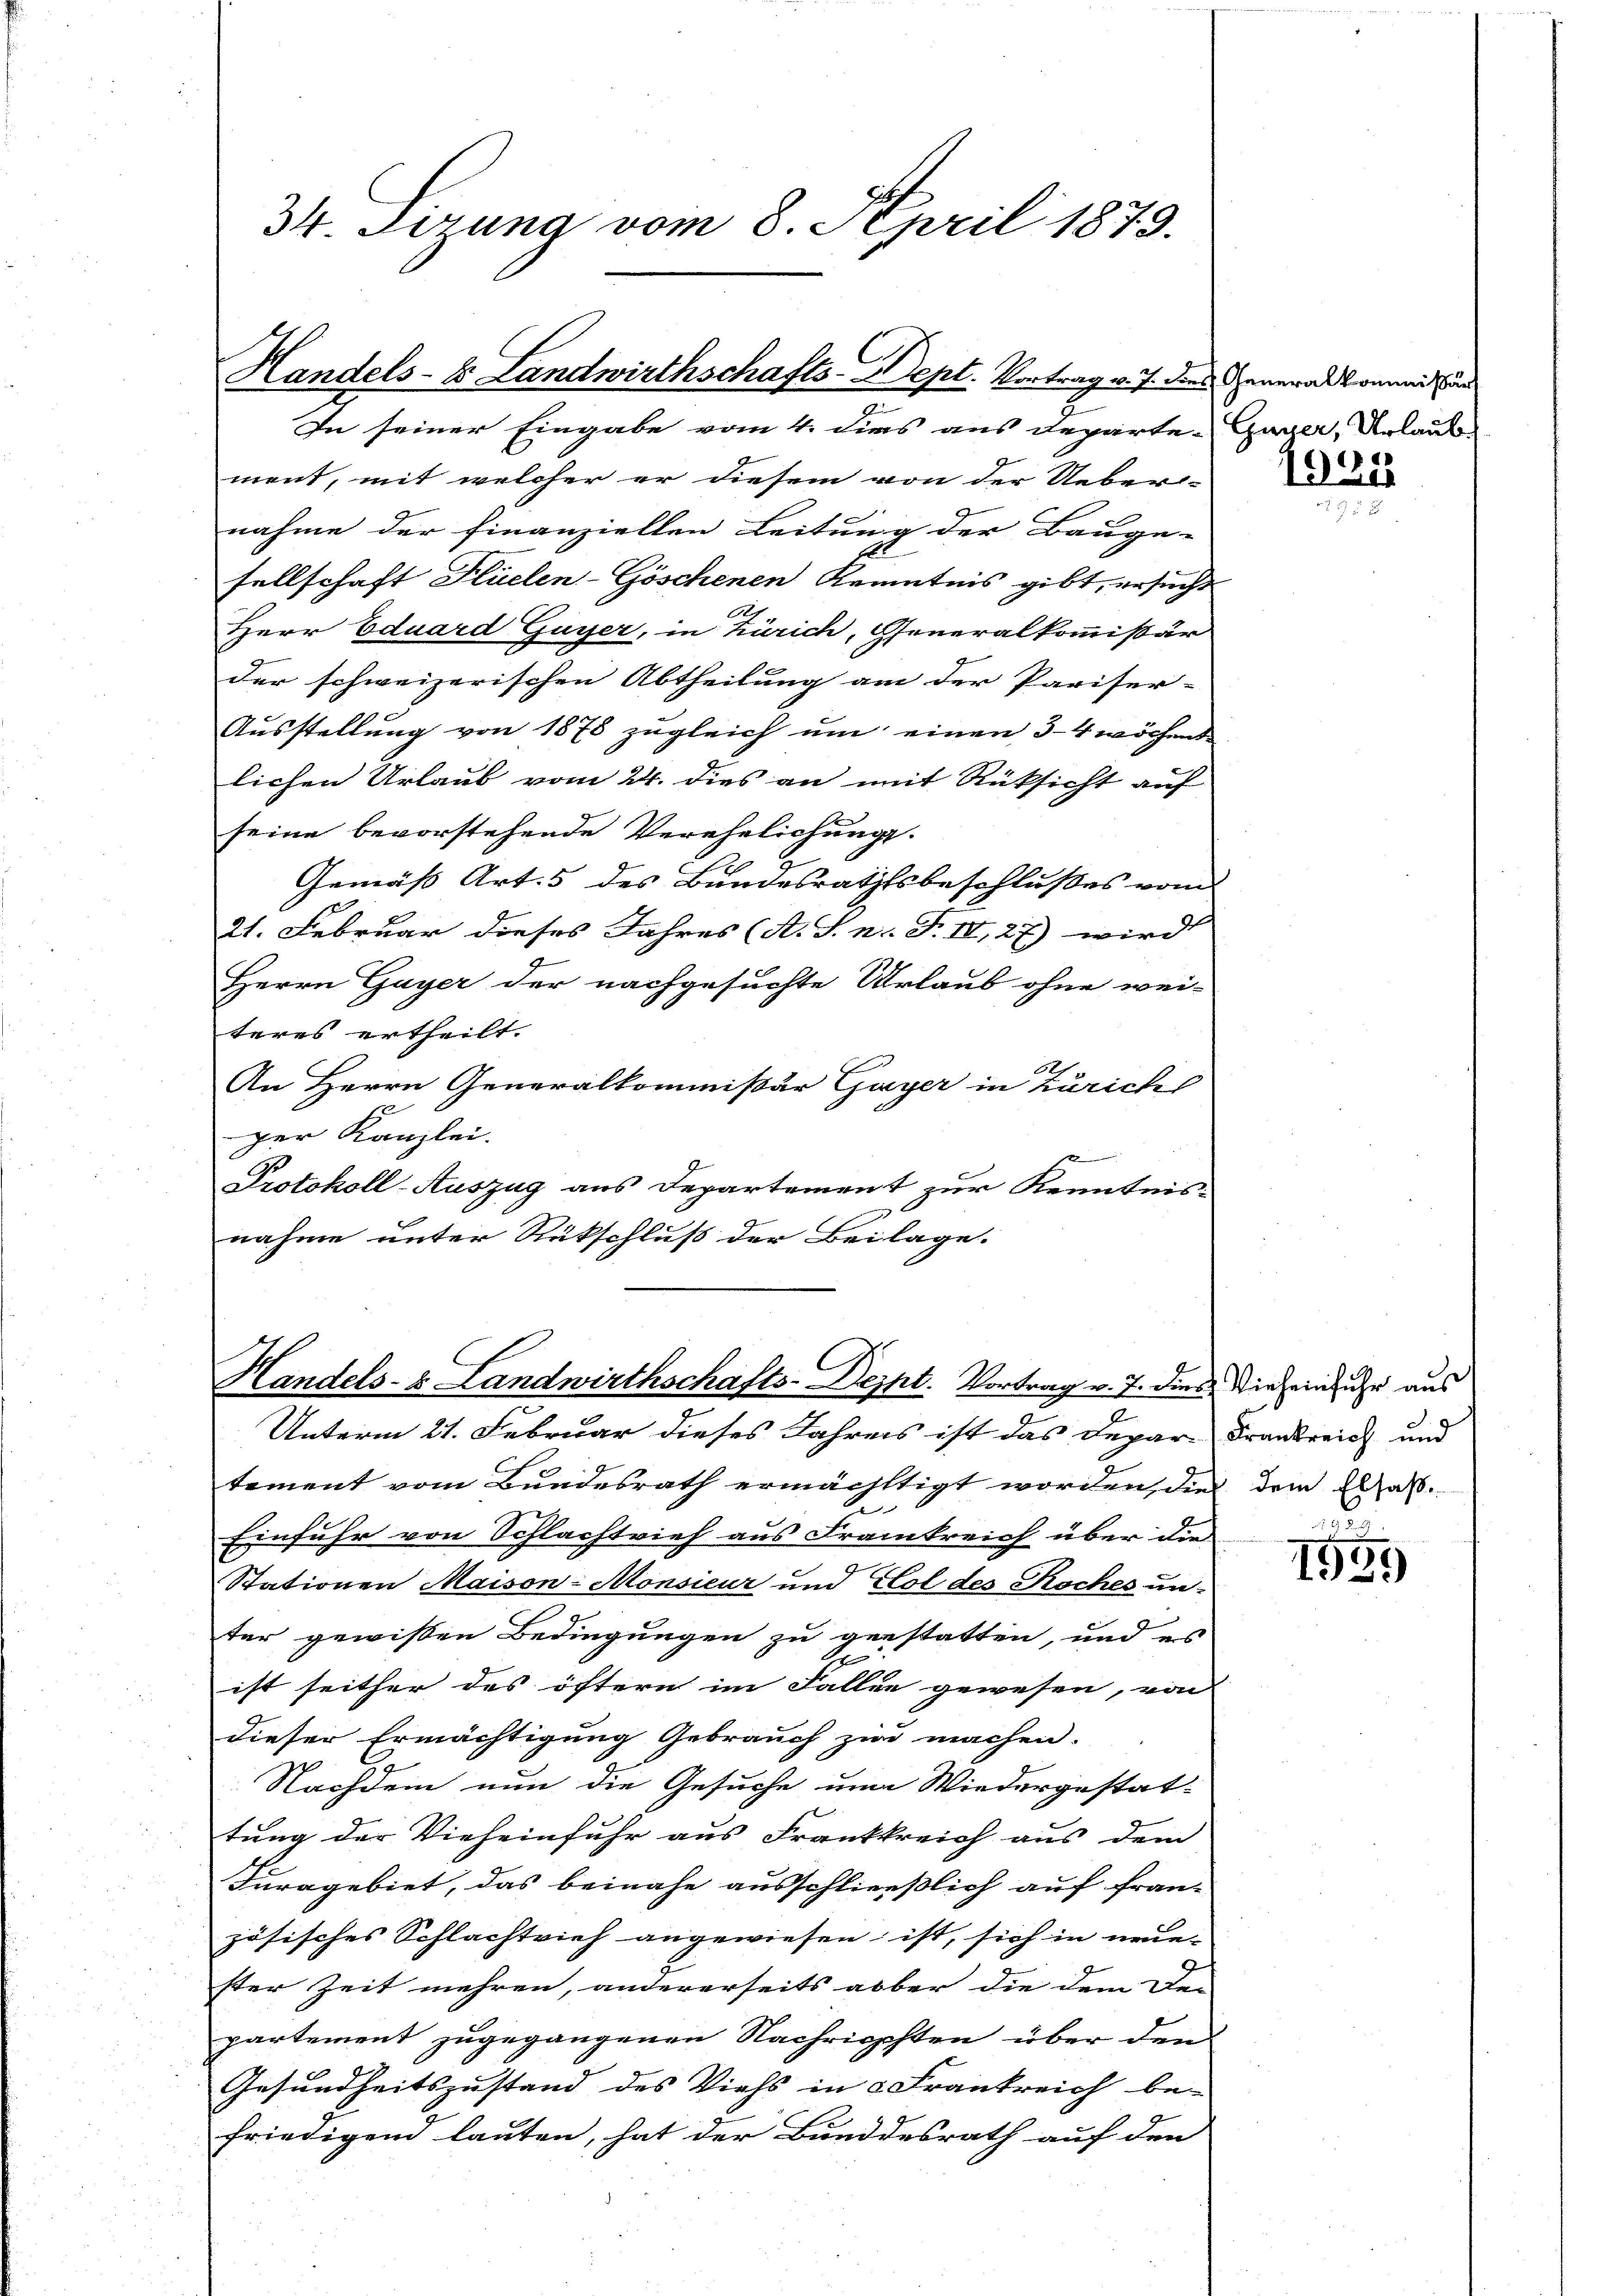
34. Sirung vom 8. April 1879.

Handels- & Landwirthschafts-Dept. Vortrag v. J. dies Generalkommt und

In seiner Eingabe vom 4. dies aus Departe-Gager, Urlaub
ment, mit welcher er diesem von der Ueber-
nahme der finanziellen Leitung der Bauge-
sellschaft Flüelen-Göschenen Kenntnis gibt, ersucht
.
Herr Eduard Guyer, in Zürich, Generalkommissär
der schweizerischen Abtheilung am der Pariser-
Aŭsstellŭng von 1878 zŭgleich ŭm einen 3-4 wöchend
lichen Urlaub vom 24. dies an mit Rücksicht auf
seine bevorstehende Verehelichung.
Gemäß Art. 5 des Bundesrathsbeschlußes vom
21. Februar dieses Jahres (A. T. n. F. II, 27) wird
Herrn Gayer der nachgesuchte Urlaub ohne wei-
teres ertheilt.
An Herrn Generalkommissär Gayer in Zürich
1
ger Kanzlei.
Protokoll-Auszug aus Departement zur Kenntnis
.
nahme unter Rückschluß der Beilage.

Unterm 21. Februar dieses Jahres ist das Depar Frankreich und
tement vom Bundesrath ermächtigt worden, dies dem Elsaß.
e
Einfuhr von Schlachtvieh aus Frankreich über die
Stationen Maison-Monsieur und Klol des Koches unter gewissen Bedingungen zu gestatten, und es
ist seither des öftern im Fallen gewesen, von
dieser Ermächtigung Gebrauch zur machen.
Nachdem nun die Gesuche um Wiedergestattung der Vieheinfuhr aus Frankkreich aus dem
Furagebiet, das beinahe ausschließlich auf fran-
zösisches Schlachtvieh angewiesen, ist, sich in neue-
ster Zeit mehren, andererseits aber die dem De-
partement zugegangenen Nachrichsten über den
Gesundheitszustand des Viehs in 3 Frankreich be-
friedigend lauten, hat der Bunddesrath auf den

Handels- u. Landwirthschafts-Depht. Vortrag v. J. dies Vielein ihr aus

1925

1959